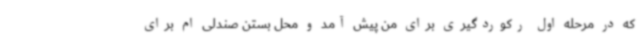
که در مرحله اول رکوردگیری برای من پیش آمد و محل بستن صندلی ام برای